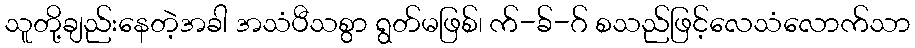
သူတို့ချည်းနေတဲ့အခါ အသံပီသစွာ ရွတ်မဖြစ်၊ က်-ခ်-ဂ် စသည်ဖြင့်လေသံလောက်သာ